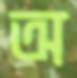
অ